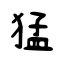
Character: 猛